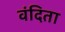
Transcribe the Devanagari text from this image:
वंदिता